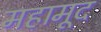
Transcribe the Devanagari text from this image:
महामूद